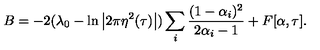
B = - 2 ( \lambda _ { 0 } - \ln \left| 2 \pi \eta ^ { 2 } ( \tau ) \right| ) \sum _ { i } \frac { ( 1 - \alpha _ { i } ) ^ { 2 } } { 2 \alpha _ { i } - 1 } + F [ \alpha , \tau ] .